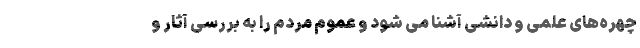
چهره‌های علمی و دانشی آشنا می شود و عموم مردم را به بررسی آثار و